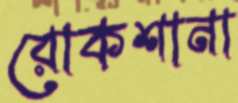
রোকশানা